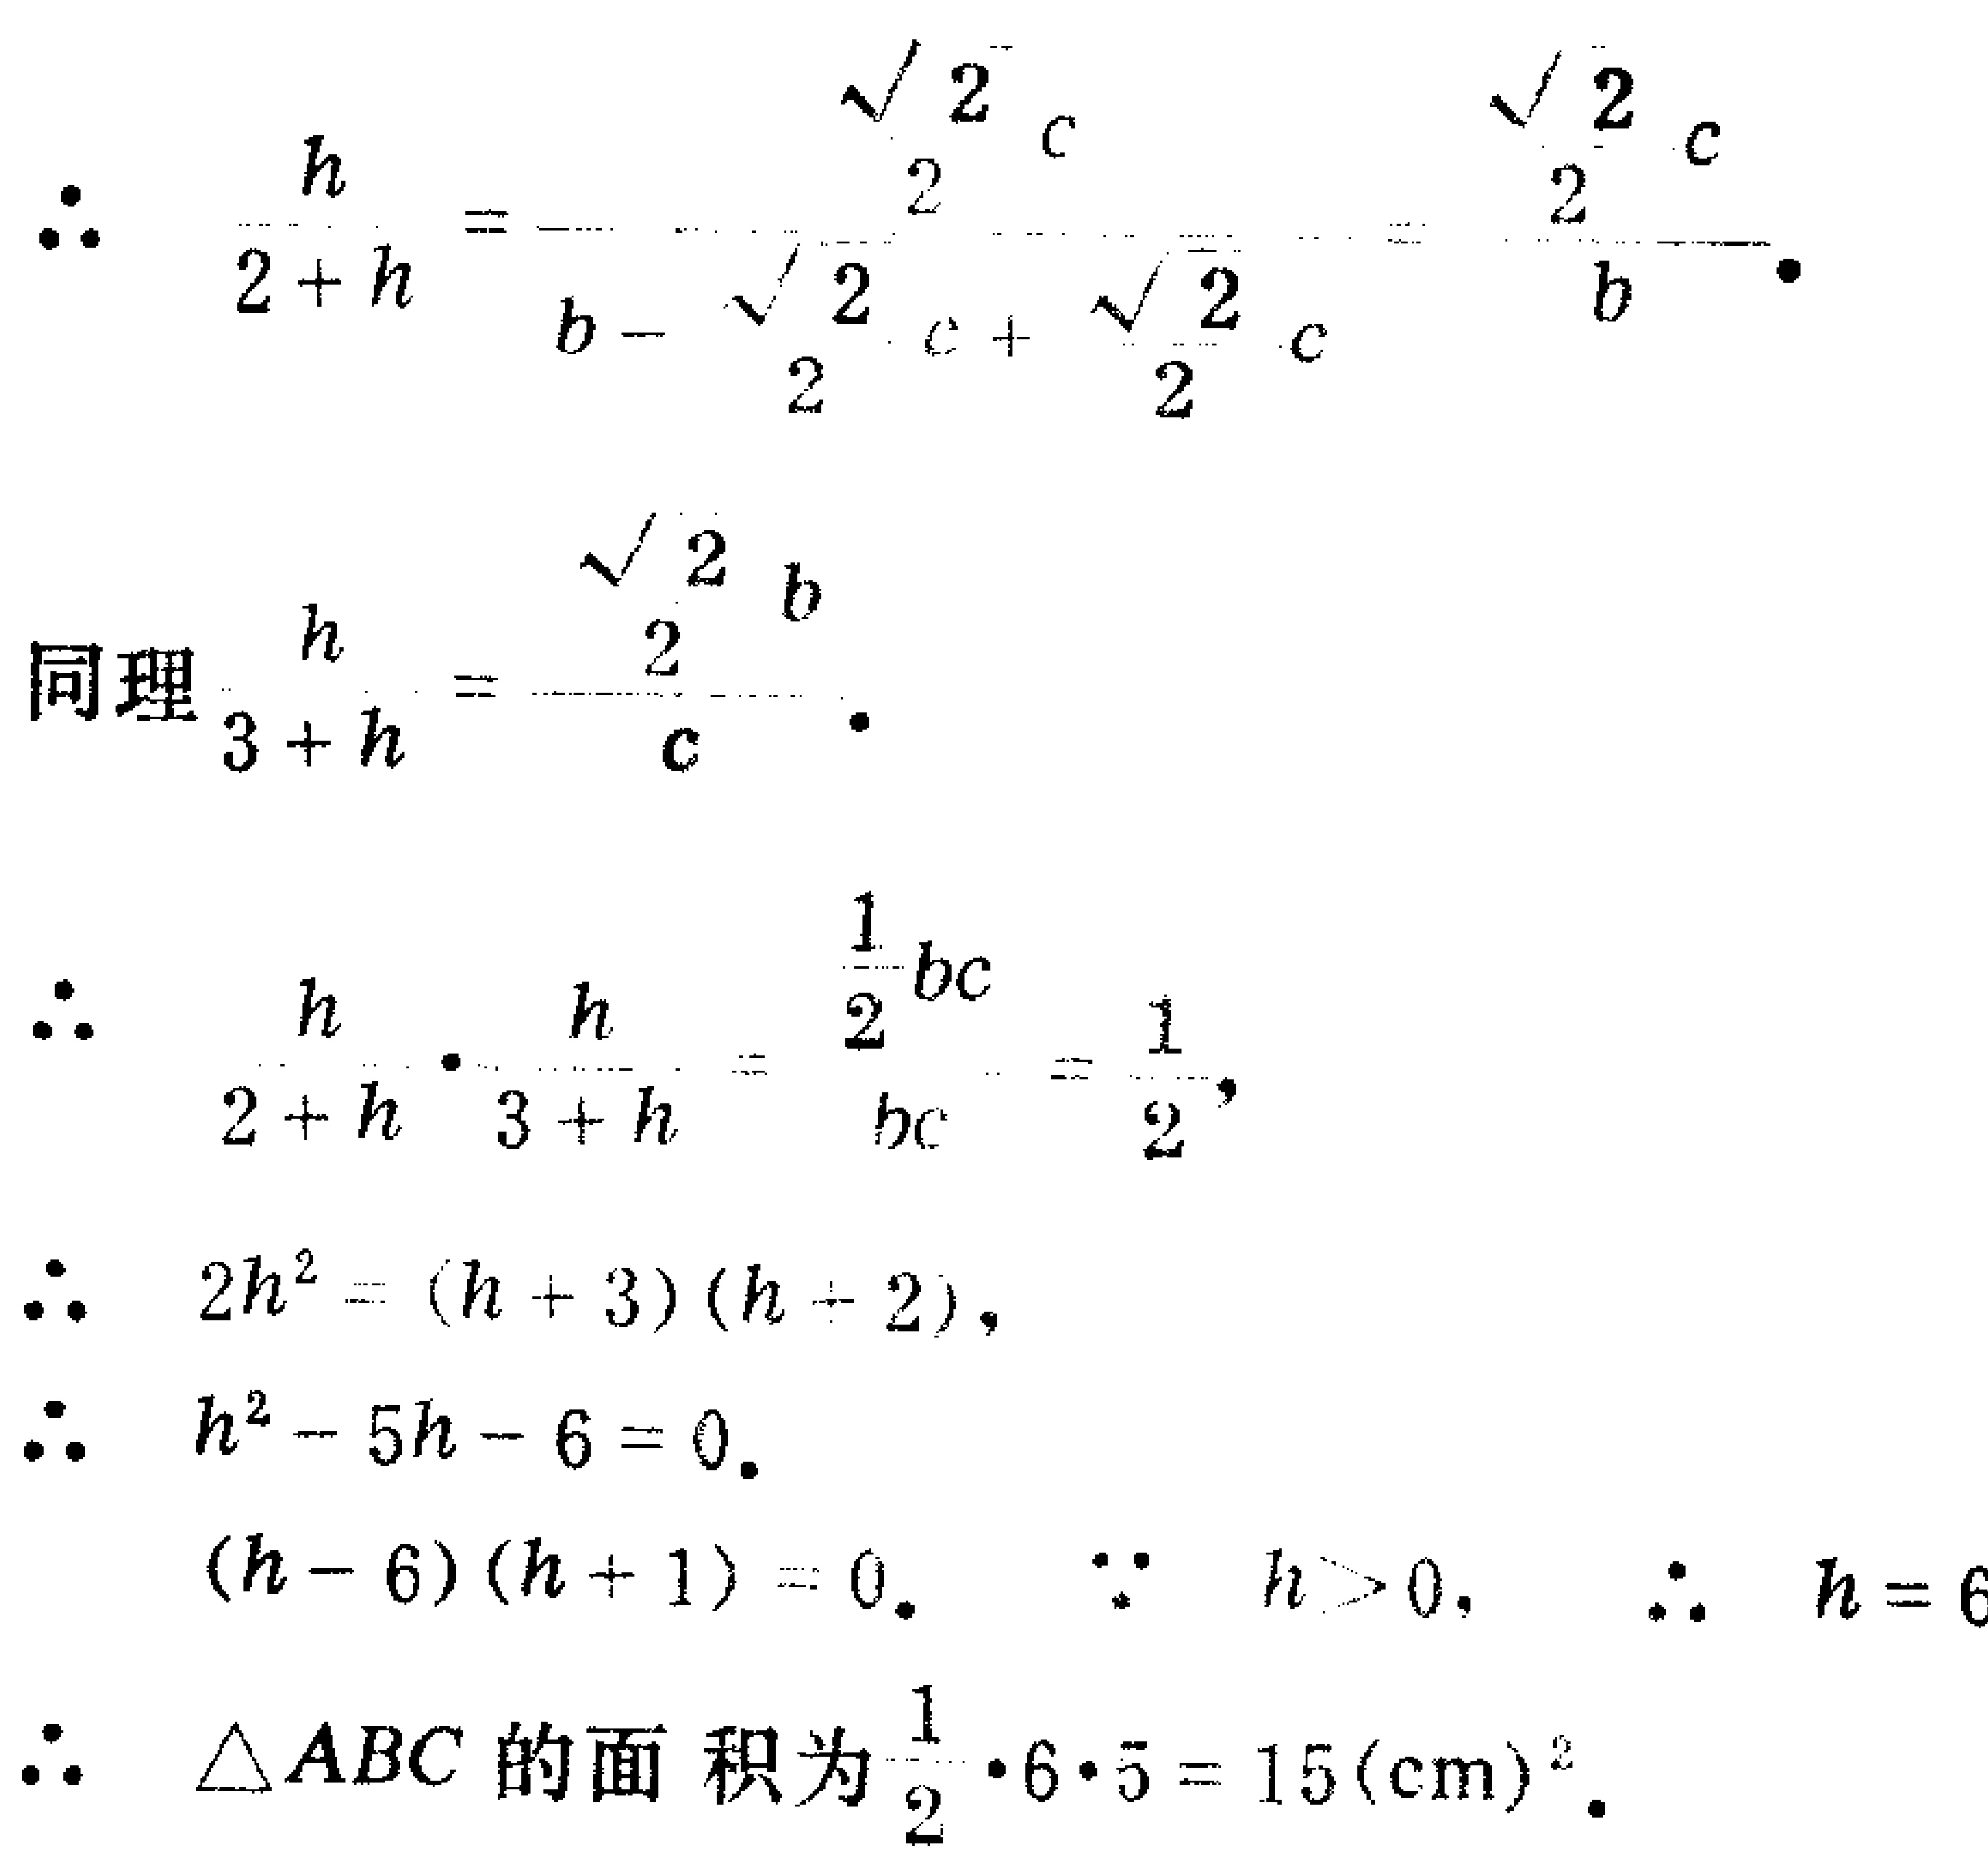
\[
\begin{align*}
\therefore\quad\frac{h}{2 + h}&=\frac{\frac{\sqrt{2}}{2}c}{b - \frac{\sqrt{2}}{2}c+\frac{\sqrt{2}}{2}c}=\frac{\frac{\sqrt{2}}{2}c}{b}\cdot\\
\text{同理}\quad\frac{h}{3 + h}&=\frac{\frac{\sqrt{2}}{2}b}{c}\cdot\\
\therefore\quad\frac{h}{2 + h}\cdot\frac{h}{3 + h}&=\frac{\frac{1}{2}bc}{bc}=\frac{1}{2},\\
\therefore\quad 2h^{2}&=(h + 3)(h + 2),\\
\therefore\quad h^{2}-5h - 6&=0.\\
(h - 6)(h + 1)&=0.\quad\because\ h>0,\quad\therefore\ h = 6\\
\therefore\quad\triangle ABC\text{ 的面积为}\frac{1}{2}\cdot6\cdot5 = 15(\text{cm})^{2}.
\end{align*}
\]